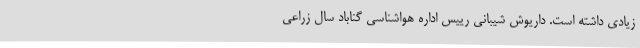
زیادی داشته است. داریوش شیبانی رییس اداره هواشناسی گناباد سال زراعی